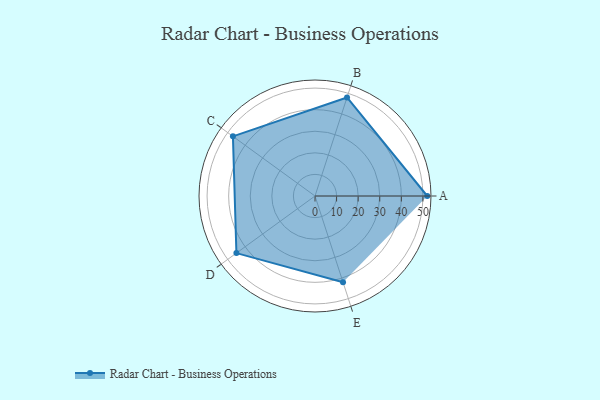
{"axis": {"x": "Skill", "y": "Score"}, "legend": ["Profile"], "data": [{"x": "A", "y": 52.0, "type": "Profile"}, {"x": "B", "y": 48.0, "type": "Profile"}, {"x": "C", "y": 47.0, "type": "Profile"}, {"x": "D", "y": 45.0, "type": "Profile"}, {"x": "E", "y": 42.0, "type": "Profile"}]}